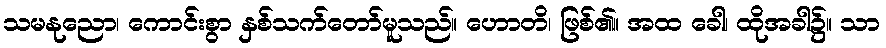
သမနုညော၊ ကောင်းစွာ နှစ်သက်တော်မူသည်။ ဟောတိ၊ ဖြစ်၏။ အထ ခေါ၊ ထိုအခါ၌။ သာ